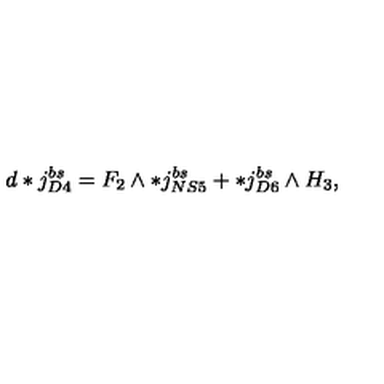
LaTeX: d * j _ { D 4 } ^ { b s } = F _ { 2 } \wedge * j _ { N S 5 } ^ { b s } + * j _ { D 6 } ^ { b s } \wedge H _ { 3 } ,